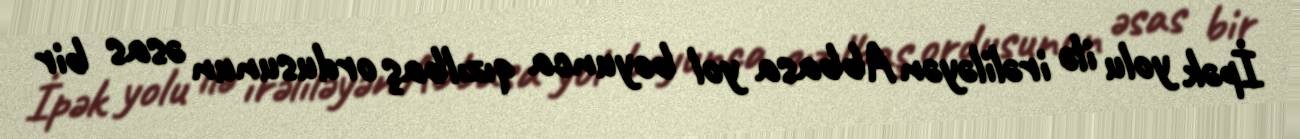
İpək yolu ilə irəliləyən Abbasa yol boyunca qızılbaş ordusunun əsas bir